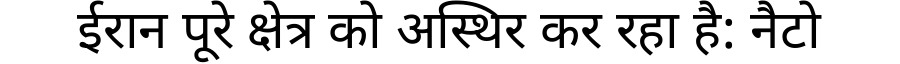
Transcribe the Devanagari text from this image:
ईरान पूरे क्षेत्र को अस्थिर कर रहा है: नैटो